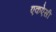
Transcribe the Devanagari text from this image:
एकऐसी